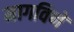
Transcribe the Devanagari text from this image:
मागविणे